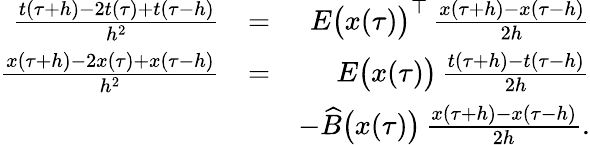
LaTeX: \begin{array}{rlr}{\frac{t(\tau+h)-2t(\tau)+t(\tau-h)}{h^{2}}}&{=}&{E\bigl(x(\tau)\bigr)^{\top}\, \frac{x(\tau+h)-x(\tau-h)}{2h}}\\ {\frac{x(\tau+h)-2x(\tau)+x(\tau-h)}{h^{2}}}&{=}&{E\bigl(x(\tau)\bigr)\, \frac{t(\tau+h)-t(\tau-h)}{2h}}\\ &{}&{-\widehat B\bigl(x(\tau)\bigr)\, \frac{x(\tau+h)-x(\tau-h)}{2h}.}\end{array}